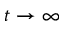
t \to \infty